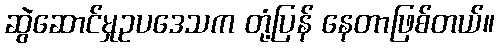
ဆွဲဆောင်မှုဥပဒေသက တုံ့ပြန် နေတာဖြစ်တယ်။